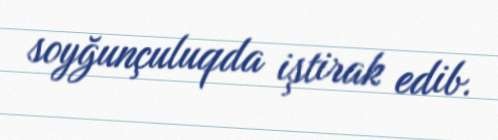
soyğunçuluqda iştirak edib.